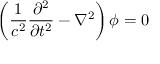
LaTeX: \left( \frac { 1 } { c ^ { 2 } } \frac { \partial ^ { 2 } } { \partial t ^ { 2 } } - \nabla ^ { 2 } \right) \phi = 0